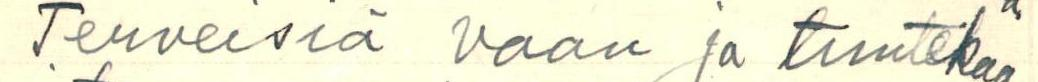
Terveisiä vaan ja tuntekaa